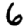
Digit: 6